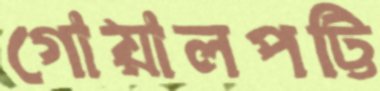
গোয়ালপট্টি